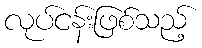
လုပ်ငန်းဖြစ်သည့်